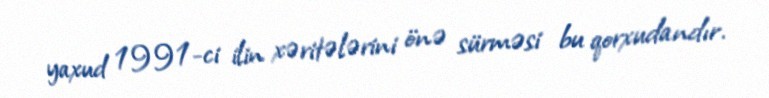
yaxud 1991-ci ilin xəritələrini önə sürməsi bu qorxudandır.